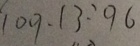
1 0 9 . 1 3 : 9 6